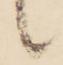
候